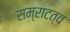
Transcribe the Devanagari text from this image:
सम्राटत्व